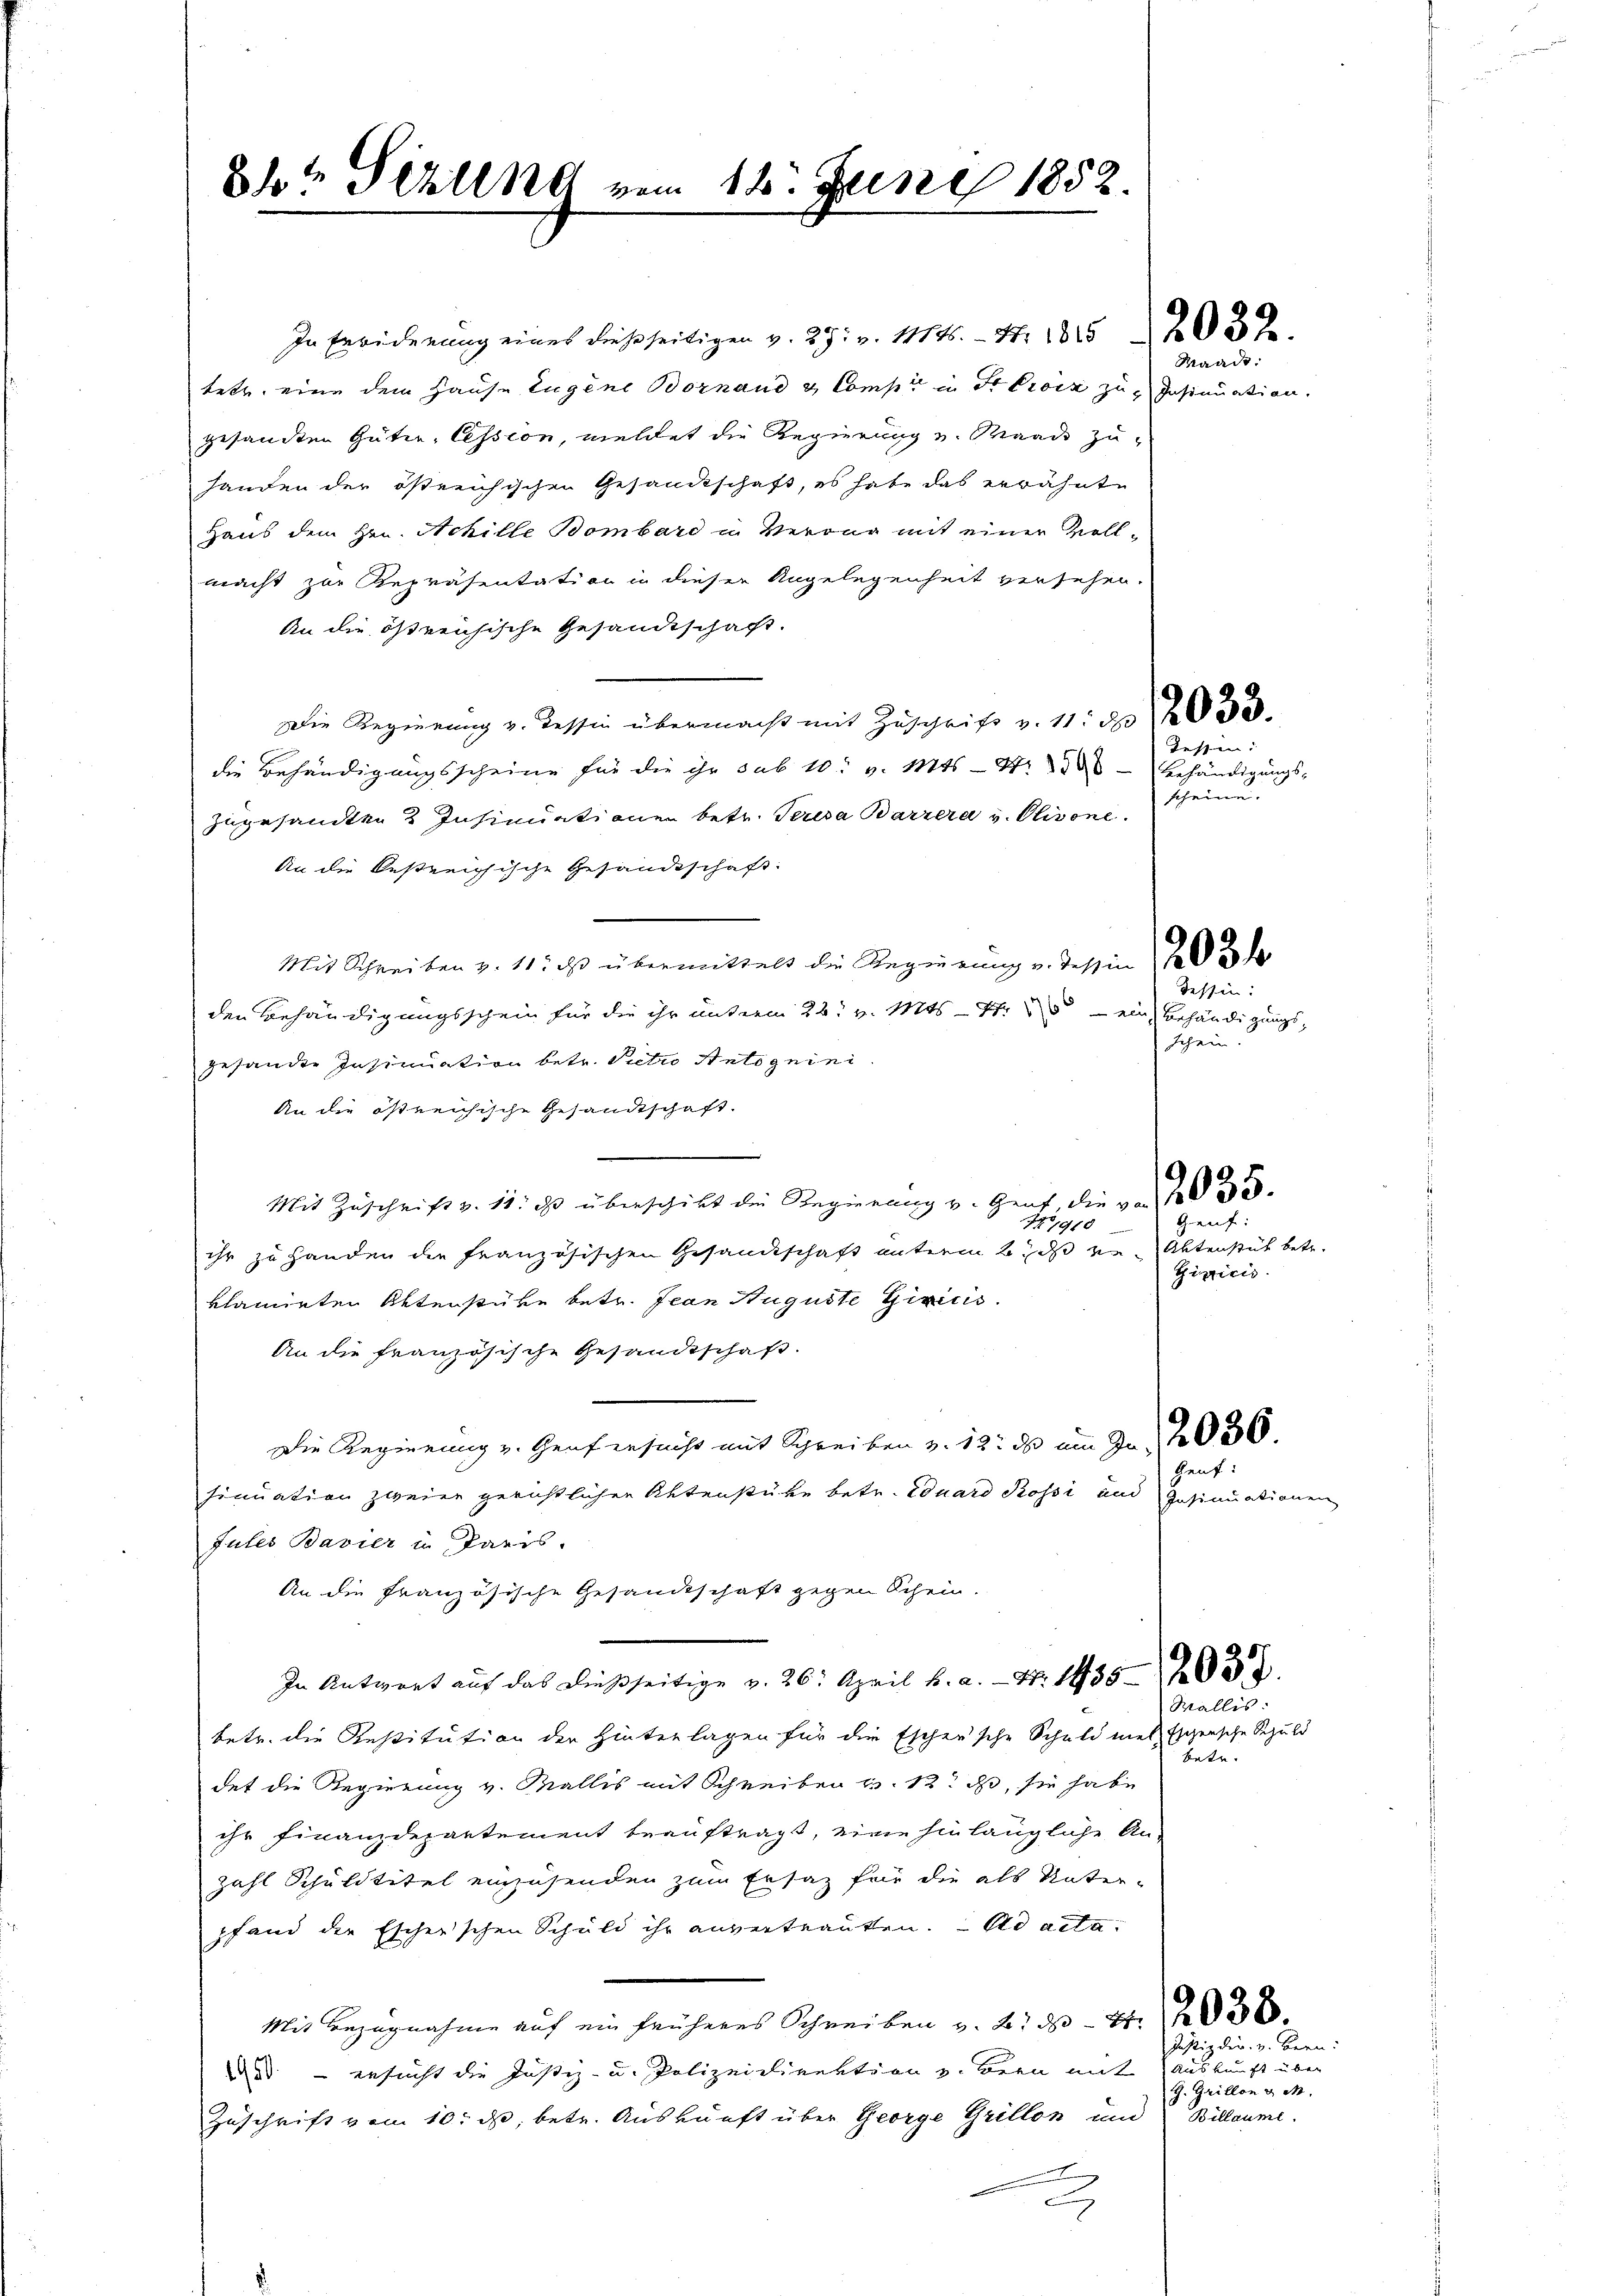
8% Stelle vom 16. Juni 1852.

In Erwiderung eines dießseitigen v. 29. v. 111 45. - N. 1815 203.
tetz, eine dem Hause Eugene Bornand & Comp. in Stock zu Insinuation.
gesandten Güter, Cession, meldet die Regierung v. Waadt zuhanden der östreichischen Gesandtschaft, es habe das erwähnte
Haus dem Hrn. Achille Bombard in Verang mit einer Vollmacht zur Repräsentation in dieser Angelegenheit versehen.
An die östreichische Gesandtschaft.
Die Regierung v. Tessin übermacht mit Zuschrift v. 11: No 2633.
die Behändigungsscheine für die ihr sub 10 v. Mts. - 4.
zugesandten 3 Insinuationen betr. Perida Barrera v. Olivone
An die bestreichische Gesandtschaft:
Mit Schreiben v. 11. ds übermittelst die Regierŭng v. Tessin ad 3 de
den Behändigungsschein für die ihr unterm 22t v. Mts. – Nr. 25 — ein Behändigungsgesandte Insinuation betr. Pietro Antognini.
An die östreichische Gesandtschaft.
Mit Zŭschrift v. 11. ds überschikt die Regierung v. Genf die von 35
ihr zu Handen die französischen Gesandtschaft unterm 6. ds von Aktenstück betr.
klamirten Aktenstüke betr. Jean Auguste Giricis.
An die französische Gesandtschaft.
Die Regierung v. Genf ersucht mit Schreiben v. 12. ds am Fr. 2036
sinuation zweier gerichtlichen Aktenstüke betr. Eduard Rossi und Insinuationen
Jules Bavier in Paris.
An die französische Gesandschaft gegen Schein.
In Antwort auf das dießseitige v. 26. April h. a. — N. 1350
betr. die Restitution der Hinterlagen für die Eschensche Schuld met Eschensche Schuld
det die Regierung v. Wallis mit Schreiben v. 12. ds, sie habe
ihr Finanzdepartement beauftragt, eine hinlängliche An-
Zahl Schuldtitel einzusenden zum Ersatz für die als Unterpfand der Escherschen Schuld ihr anvertrauten. Ad acta
Mit Bezugnahme auf ein früheres Schreiben v. 21 d S. 20 x
de — ersucht die Justiz- u. Polizeidirektion v. Bern mit Auskunft über
Zuschrift vom 10. d. betr. Auskunft über George Grillon und Billaume
2

Waadt:

Tessin:
Behändigungs-
scheine.

dessen:
schein.

19910 Genf:
Giricis.

Heut

Wallis:

betr.

Justiz der v. Bern.
G. Grillon v. M.